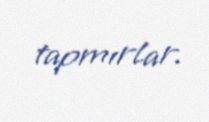
tapmırlar.